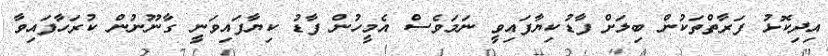
އިދިކޮޅު ފަރާތްތަކުން ބިލަށް ފާޑުކިޔާފައިވީ ނަމަވެސް އެމީހުން ފާޑު ކިޔާފައިވަނީ ގާނޫނުން ކުރަހާފައިވާ